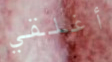
أغلقي